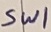
Text: Sw1